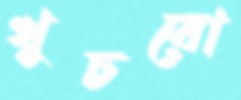
খুচরো